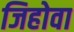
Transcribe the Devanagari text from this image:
जिहोवा